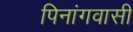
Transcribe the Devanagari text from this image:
पिनांगवासी